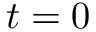
t = 0